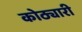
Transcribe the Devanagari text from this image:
कोठ्यारी